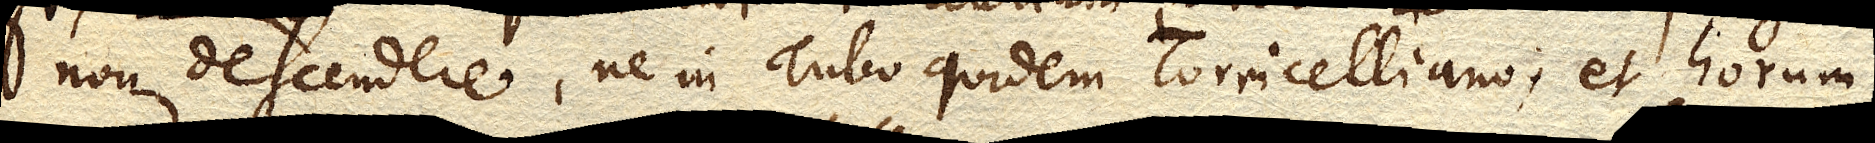
non descendere, ne in Tubo quidem Torricelliano, et horum